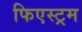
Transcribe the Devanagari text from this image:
फिएस्ट्रम